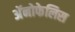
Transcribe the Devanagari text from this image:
अॅनोफेलिस